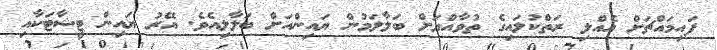
ފައިމައްޗަށް އެއްލި ރަތްކުލައިގެ ތުވާއްޔަށް ބަލާލަމުން ޔައިންއަށް ބަލާލިއެވެ. އޭރު ޔައިން ޓީޝާޓަކާއި